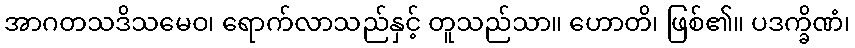
အာဂတသဒိသမေဝ၊ ရောက်လာသည်နှင့် တူသည်သာ။ ဟောတိ၊ ဖြစ်၏။ ပဒက္ခိဏံ၊